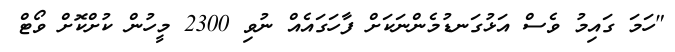
"ހަމަ ގައިމު ވެސް އަޅުގަނޑުމެންނަކަށް ފާހަގައެއް ނުވި 2300 މީހުން ކުށްކޮށް ވޯޓް